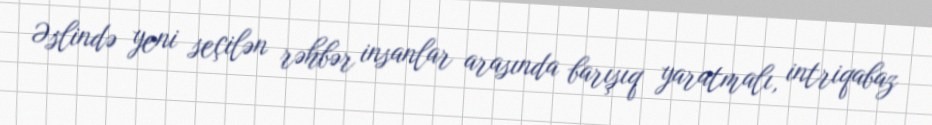
Əslində yeni seçilən rəhbər insanlar arasında barışıq yaratmalı, intriqabaz